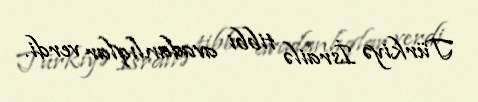
Türkiyə İsrailə tibbi avadanlıqlar verdi.